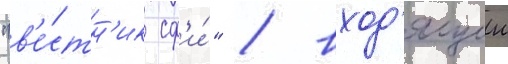
"в'е́стн'ик сф'и́" / вход'ящии